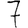
Digit: 7